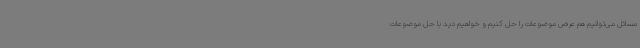
مسائل می‌توانیم هم عرض موضوعات را حل کنیم و خواهیم دید با حل موضوعات